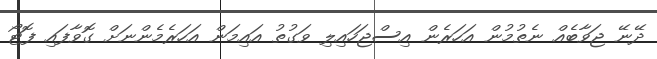
ދޭނޭ ޖަވާބެއް ނެތުމުން އަހަރެން އިސްޖަހައިލި ވަގުތު އައިމަން އަހަރެމެންނަށް ގޮވާފައި ފޮޓޯ